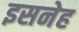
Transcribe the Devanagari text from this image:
इसनेह